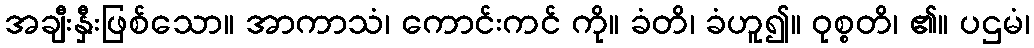
အချီးနှီးဖြစ်သော။ အာကာသံ၊ ကောင်းကင် ကို။ ခံတိ၊ ခံဟူ၍။ ဝုစ္စတိ၊ ၏။ ပဌမံ၊